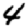
Digit: 4